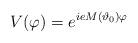
LaTeX: \begin{align*}V(\varphi) = e^{ie M(\vartheta_{0}) \varphi}\end{align*}